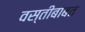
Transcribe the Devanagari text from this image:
वस्तीबाबत